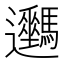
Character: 𨙦